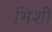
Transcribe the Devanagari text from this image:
भिशी